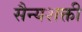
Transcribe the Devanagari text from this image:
सैन्यशक्ती